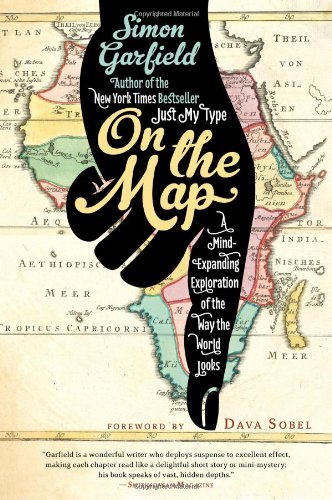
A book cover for On the Map: A Mind-Expanding Exploration of the Way the World Looks (Ala Notable Books for Adults); Simon Garfield; History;